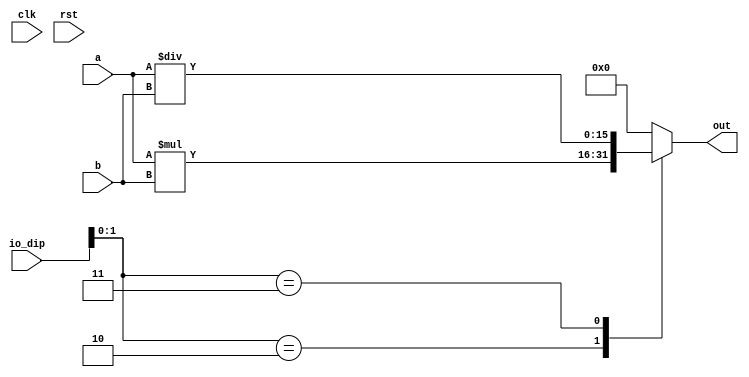
module mul_10 (
    input clk,
    input rst,
    input [7:0] io_dip,
    input [15:0] a,
    input [15:0] b,
    output reg [15:0] out
  );
  
  
  
  always @* begin
    out = 1'h0;
    
    case (io_dip[0+1-:2])
      2'h2: begin
        out = a * b;
      end
      2'h3: begin
        out = a / b;
      end
    endcase
  end
endmodule